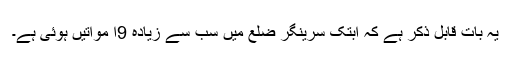
یہ بات قابل ذکر ہے کہ ابتک سرینگر ضلع میں سب سے زیادہ 9ا مواتیں ہوئی ہے۔